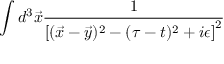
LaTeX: \int d ^ { 3 } \vec { x } { \frac { 1 } { \left[ ( \vec { x } - \vec { y } ) ^ { 2 } - ( \tau - t ) ^ { 2 } + i \epsilon \right] ^ { 2 } } }